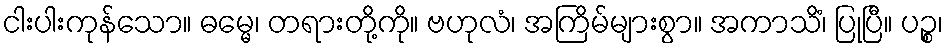
ငါးပါးကုန်သော။ ဓမ္မေ၊ တရားတို့ကို။ ဗဟုလံ၊ အကြိမ်များစွာ။ အကာသိံ၊ ပြုပြီ။ ပဉ္စ၊